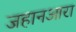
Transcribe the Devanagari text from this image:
जहानआरा